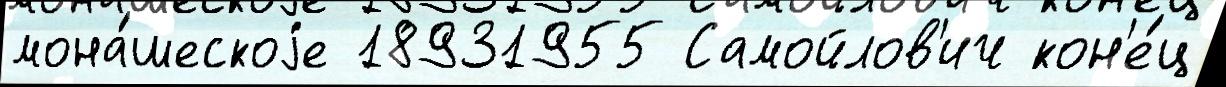
мона́шескоjе 18931955 Самойлов'ич кон'е́ц